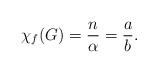
LaTeX: \begin{align*}\chi_f(G) = \frac{n}{\alpha} = \frac{a}{b}.\end{align*}